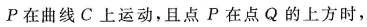
Р在曲线C上运动，且点P在点Q的上方时，